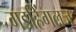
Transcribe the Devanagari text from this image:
गडहिंगलज